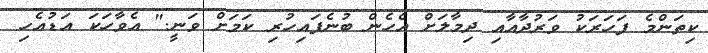
ކިތަންމެ ފަހަރަކު ވަރުދާއާއި ދިމާލަށް އެހެން ބުނެފައިހުރި ކަމަށް ވަނީ." އެވާހަކަ އަޑުއެހި